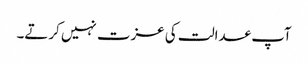
آپ عدالت کی عزت نہیں کرتے۔